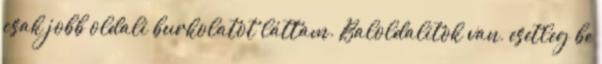
csak jobb oldali burkolatot láttam. Baloldalitok van, esetleg be